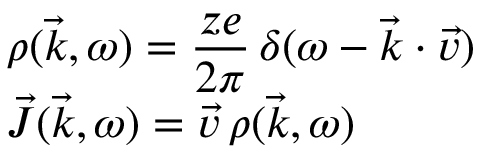
\begin{array} { l } { \displaystyle \rho ( \vec { k } , \omega ) = \frac { z e } { 2 \pi } \, \delta ( \omega - \vec { k } \cdot \vec { v } ) } \\ { \displaystyle \vec { J } ( \vec { k } , \omega ) = \vec { v } \, \rho ( \vec { k } , \omega ) \, } \end{array}